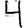
Digit: 4